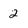
Character: 2